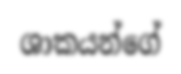
ශාකයන්ගේ